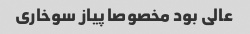
عالی بود مخصوصا پیاز سوخاری